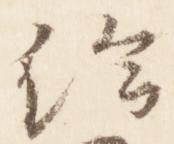
給